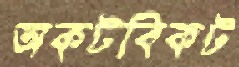
অকটবিকট